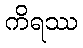
ကိရဿ